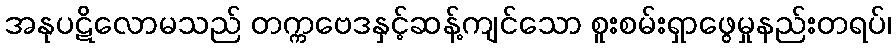
အနုပဋိလောမသည် တက္ကဗေဒနှင့်ဆန့်ကျင်သော စူးစမ်းရှာဖွေမှုနည်းတရပ်၊